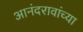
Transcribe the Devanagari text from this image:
आनंदरावांच्या